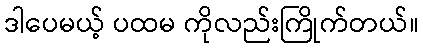
ဒါပေမယ့် ပထမ ကိုလည်းကြိုက်တယ်။